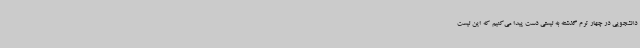
دانشجویی در چهار ترم گذشته به لیستی دست پیدا می‌کنیم که این لیست